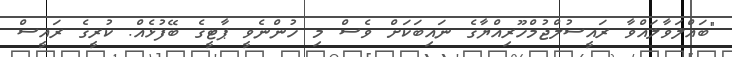
"ބައްލަވާލައްވާ ރައީސުލްޖުމްހޫރިއްޔާގެ ނައިބަކަށް ވެސް މި ހުންނެވީ ޕާޓީގެ ބޭފުޅެއް. ކުރީގެ ރައީސް